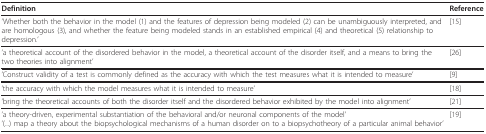
| Definition | Reference |
 | --- | --- |
 | 'Whether both the behavior in the model (1) and the features of depression being modeled (2) can be unambiguously interpreted, and are homologous (3), and whether the feature being modeled stands in an established empirical (4) and theoretical (5) relationship to depression.' | [15] |
 | 'a theoretical account of the disordered behavior in the model, a theoretical account of the disorder itself, and a means to bring the two theories into alignment' | [26] |
 | 'Construct validity of a test is commonly defined as the accuracy with which the test measures what it is intended to measure' | [9] |
 | 'the accuracy with which the model measures what it is intended to measure' | [18] |
 | 'bring the theoretical accounts of both the disorder itself and the disordered behavior exhibited by the model into alignment' | [21] |
 | 'a theory-driven, experimental substantiation of the behavioral and/or neuronal components of the model''(...) map a theory about the biopsychological mechanisms of a human disorder on to a biopsychotheory of a particular animal behavior' | [19] |